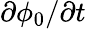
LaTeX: \partial\phi_{0}/\partial t